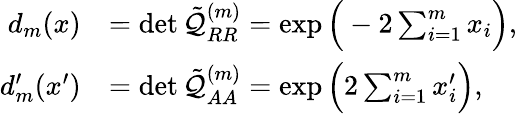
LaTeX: \begin{array}{rl}{d_{m}(x)}&{=\operatorname*{det}\tilde{\mathcal{Q}}_{RR}^{(m)}=\exp\Big(-2\sum_{i=1}^{m}x_{i}\Big),}\\ {d_{m}^{\prime}(x^{\prime})}&{=\operatorname*{det}\tilde{\mathcal{Q}}_{AA}^{(m)}=\exp\Big(2\sum_{i=1}^{m}x_{i}^{\prime}\Big),}\end{array}